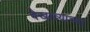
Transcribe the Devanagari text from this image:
देखाव्याच्या